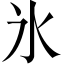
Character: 氷